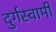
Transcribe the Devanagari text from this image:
दुर्गस्वामी